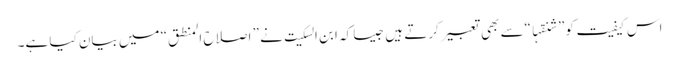
اس کیفیت کو” شنقہا“سے بھی تعبیر کرتے ہیں جیسا کہ ابن السکیت نے ” اصلاح المنطق“ میں بیان کیا ہے۔